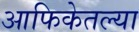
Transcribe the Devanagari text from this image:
आफिकेतल्या